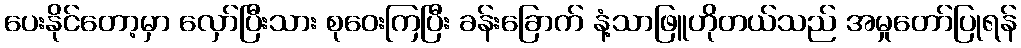
ပေးနိုင်တော့မှာ လှော်ပြီးသား စုဝေးကြပြီး ခန်းခြောက် နံ့သာဖြူဟိုတယ်သည် အမှုတော်ပြုရန်